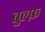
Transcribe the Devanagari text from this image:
तुल्फ़